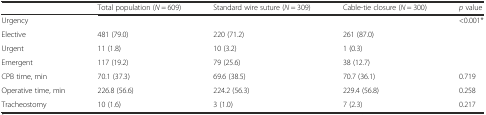
<table><thead><tr><td></td><td><b>Total population (<i>N</i> = 609)</b></td><td><b>Standard wire suture (<i>N</i> = 309)</b></td><td><b>Cable-tie closure (<i>N</i> = 300)</b></td><td><b><i>p</i> value</b></td></tr></thead><tbody><tr><td>Urgency</td><td></td><td></td><td></td><td>&lt;0.001*</td></tr><tr><td>Elective</td><td>481 (79.0)</td><td>220 (71.2)</td><td>261 (87.0)</td><td></td></tr><tr><td>Urgent</td><td>11 (1.8)</td><td>10 (3.2)</td><td>1 (0.3)</td><td></td></tr><tr><td>Emergent</td><td>117 (19.2)</td><td>79 (25.6)</td><td>38 (12.7)</td><td></td></tr><tr><td>CPB time, min</td><td>70.1 (37.3)</td><td>69.6 (38.5)</td><td>70.7 (36.1)</td><td>0.719</td></tr><tr><td>Operative time, min</td><td>226.8 (56.6)</td><td>224.2 (56.3)</td><td>229.4 (56.8)</td><td>0.258</td></tr><tr><td>Tracheostomy</td><td>10 (1.6)</td><td>3 (1.0)</td><td>7 (2.3)</td><td>0.217</td></tr></tbody></table>